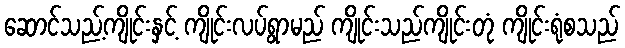
ဆောင်သည့်ကျိုင်းနှင့် ကျိုင်းလပ်ရွာမည် ကျိုင်းသည်ကျိုင်းတုံ ကျိုင်းရုံစသည်